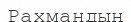
Рахмандың